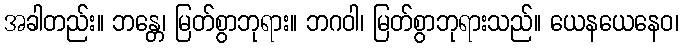
အခါတည်း။ ဘန္တေ၊ မြတ်စွာဘုရား။ ဘဂဝါ၊ မြတ်စွာဘုရားသည်။ ယေနယေနေဝ၊